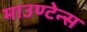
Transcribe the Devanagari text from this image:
माउण्टेन्स